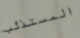
المستذئب